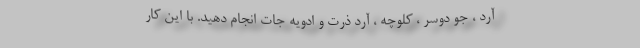
آرد ، جو دوسر ، کلوچه ، آرد ذرت و ادویه جات انجام دهید. با این کار